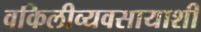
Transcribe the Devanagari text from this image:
वकिलीव्यवसायाशी